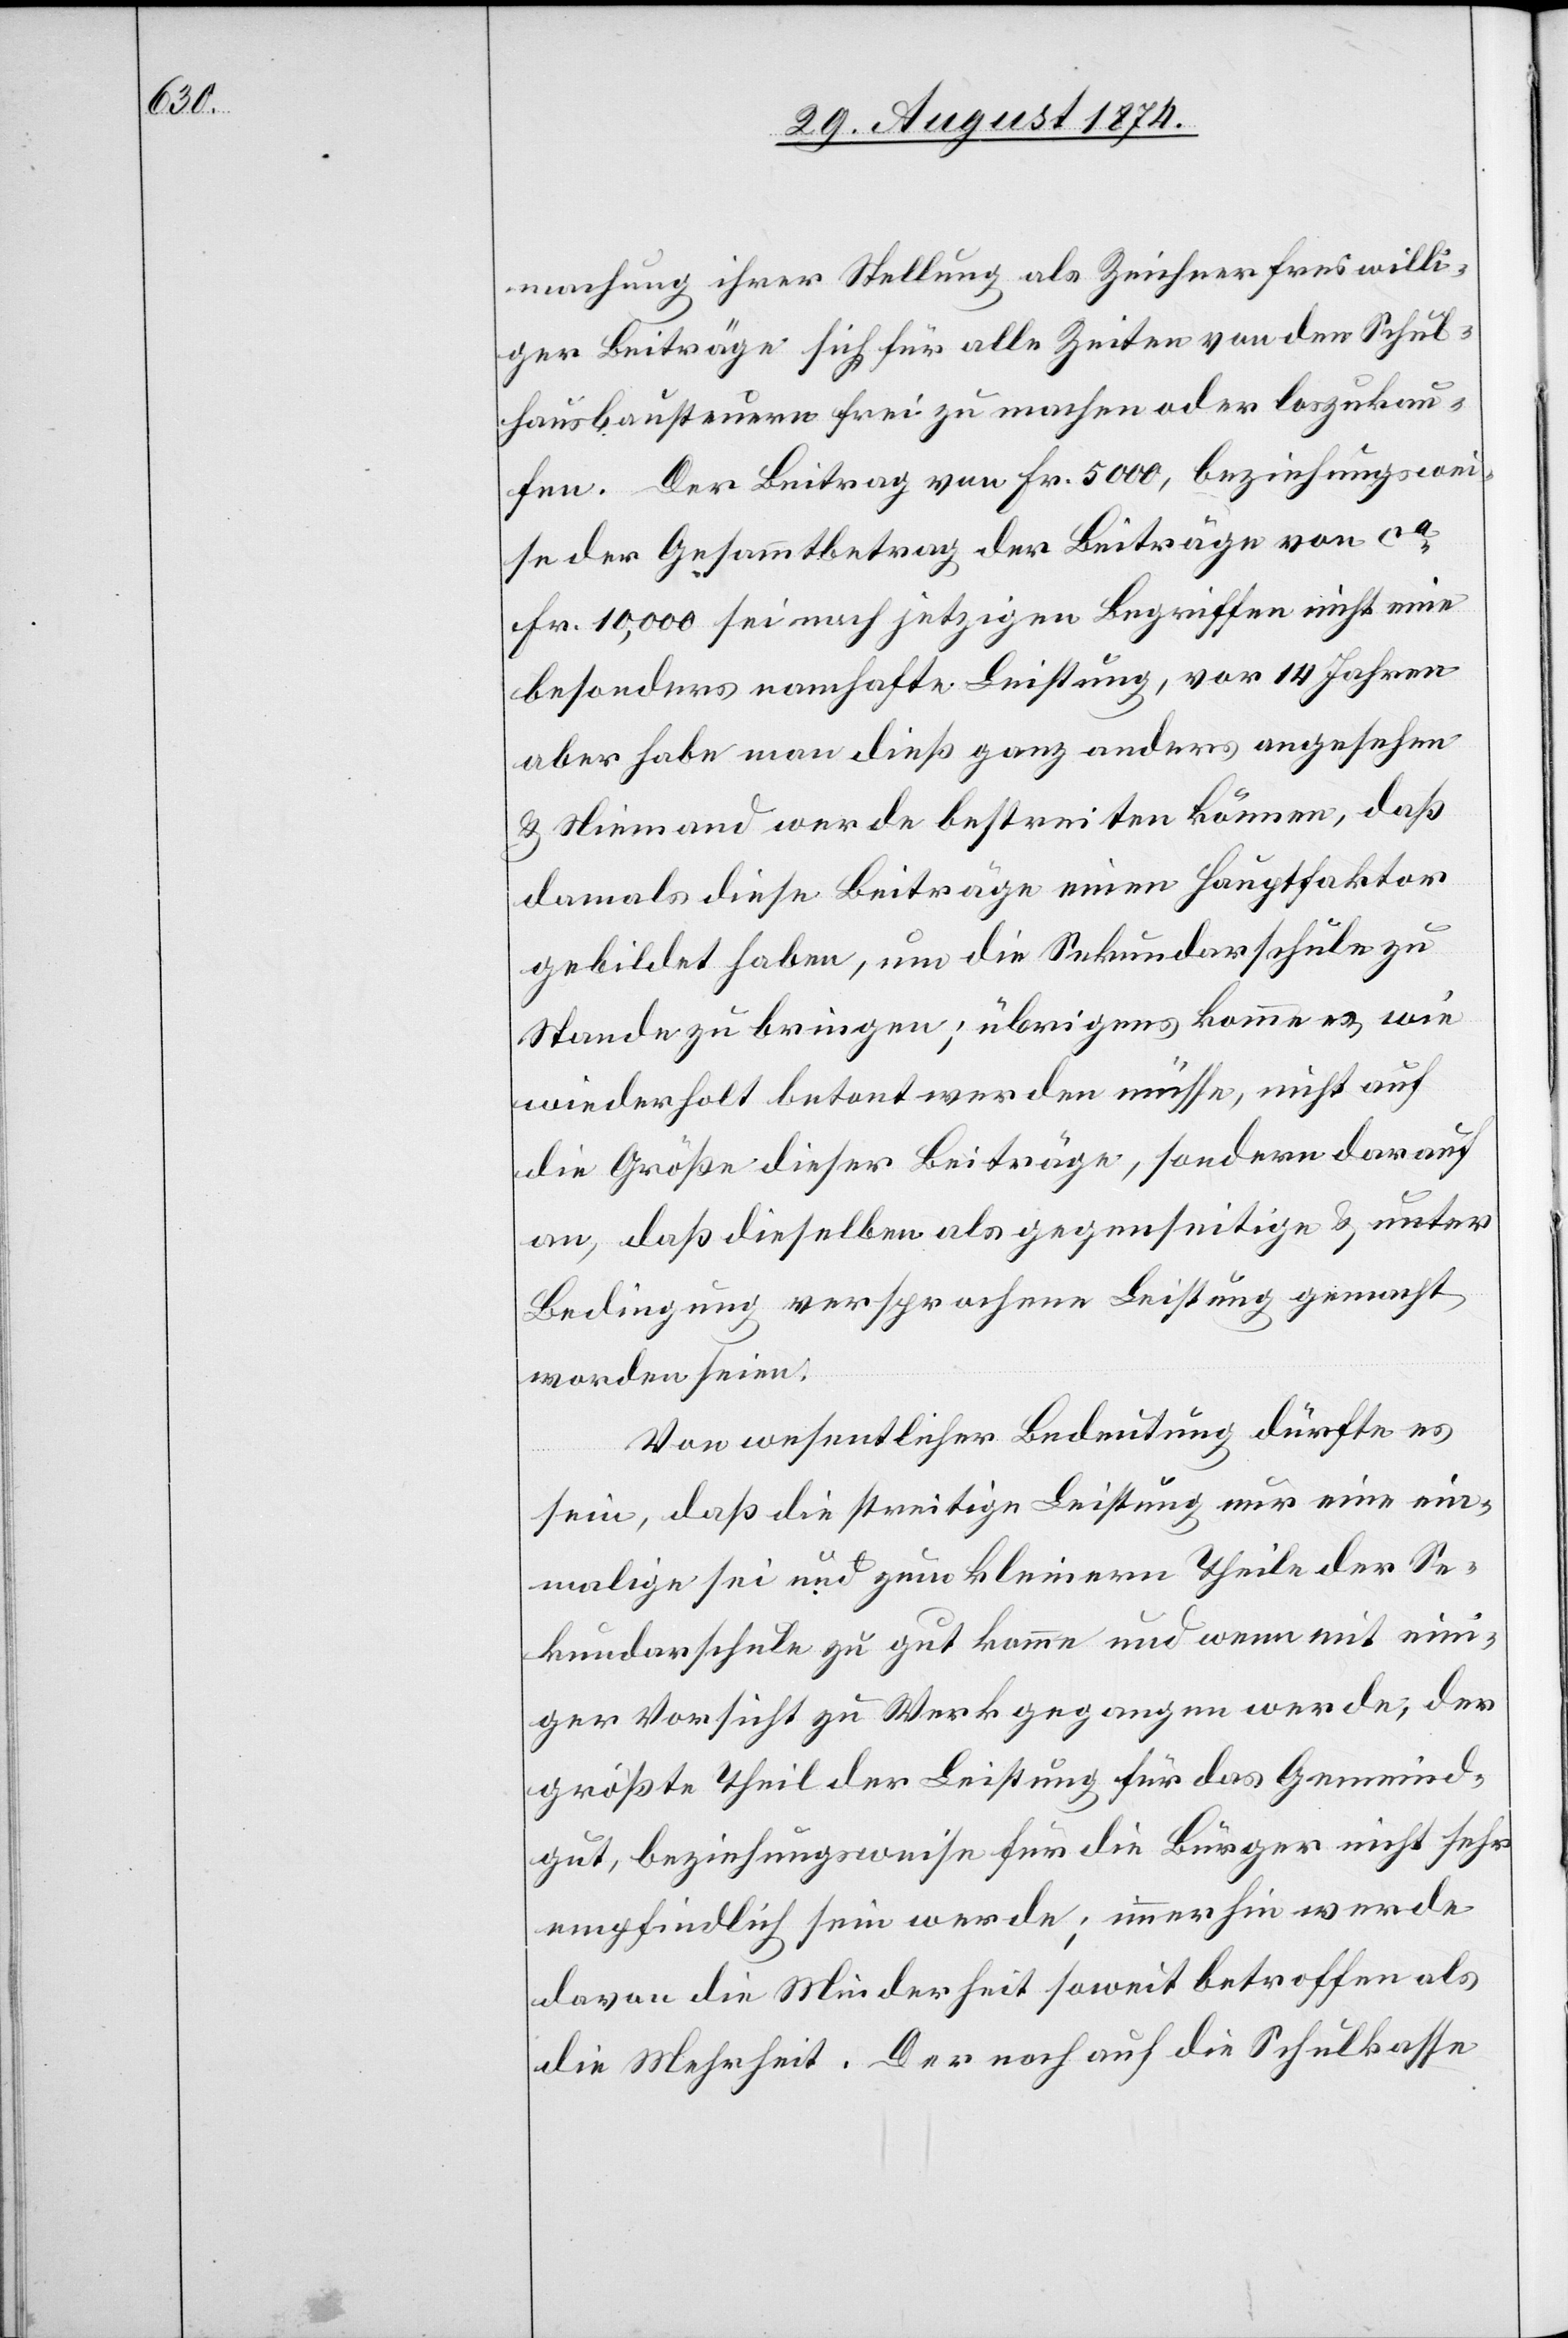
machung ihrer Stellung als Zeichner freiwilli¬
ger Beiträge sich für alle Zeiten von der Schul¬
hausbausteuern frei zu machen oder loszukau¬
fen. Der Beitrag von Fr. 5000, beziehungswei¬
se der Gesammtbetrag der Beiträge von ca
Fr. 10,000 sei nach jetzigen Begriffen nicht eine
besonders namhafte Leistung, vor 14 Jahren
aber habe man dieß ganz anders angesehen
u. Niemand werde bestreiten können, daß
damals diese Beiträge einen Hauptfaktor
gebildet haben, um die Sekundarschule zu
Stande zu bringen; übrigens komme es, wie
wiederholt betont werden müsse, nicht auf
die Größe dieser Beiträge, sondern darauf
an, daß dieselben als gegenseitige u. unter
Bedingung versprochene Leistung gemacht
worden seien.
Von wesentlicher Bedeutung dürfte es
sein, daß die streitige Leistung nur eine ein¬
malige sei und zum kleinern Theile der Se¬
kundarschule zu gut komme und wenn mit eini¬
ger Vorsicht zu Werk gegangen werde, der
größte Theil der Leistung für das Gemeind¬
gut, beziehungsweise für die Bürger nicht sehr
empfindlich sein werde; immerhin werde
davon die Minderheit soweit betroffen als
die Mehrheit. Der noch auf die Schulkasse